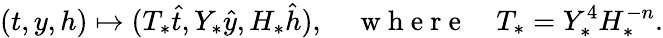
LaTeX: (t,y,h)\mapsto(T_{*}\hat{t},Y_{*}\hat{y},H_{*}\hat{h}),\quad\mathrm{~w~h~e~r~e~}\quad T_{*}=Y_{*}^{4}H_{*}^{-n}.